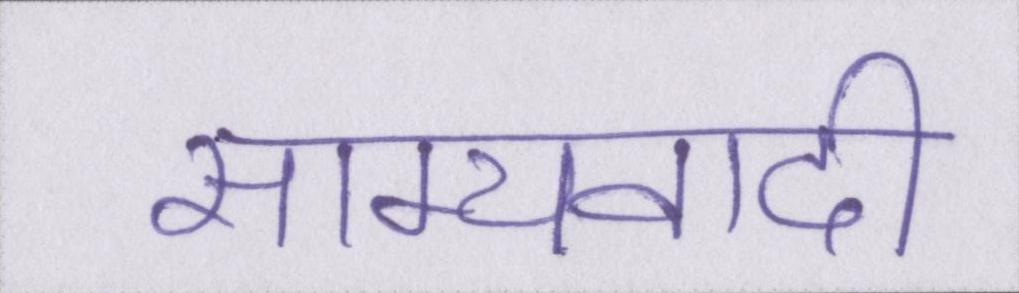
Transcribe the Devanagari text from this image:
साम्यवादी